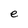
Character: e